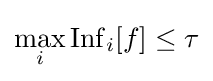
\max _{i}\operatorname {Inf} _{i}[f]\leq \tau